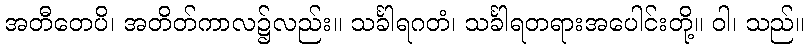
အတီတေပိ၊ အတိတ်ကာလ၌လည်း။ သင်္ခါရဂတံ၊ သင်္ခါရတရားအပေါင်းတို့။ ဝါ၊ သည်။